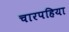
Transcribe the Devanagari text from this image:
चारपहिया